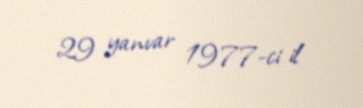
29 yanvar 1977-ci il